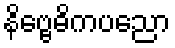
နိဗ္ဗေဓိကပညော